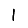
Digit: 1